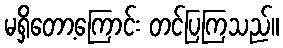
မရှိတော့ကြောင်း တင်ပြကြသည်။